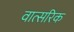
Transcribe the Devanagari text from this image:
वात्सरिक